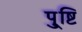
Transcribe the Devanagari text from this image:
पु्ष्टि